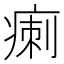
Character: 𤷫